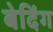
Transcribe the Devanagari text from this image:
बेदिंग